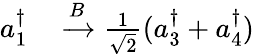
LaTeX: \begin{array}{rl}{a_{1}^{\dagger}}&{{}\xrightarrow{B}\frac{1}{\sqrt{2}}(a_{3}^{\dagger}+a_{4}^{\dagger})}\end{array}